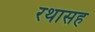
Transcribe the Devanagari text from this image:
रथासह